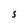
Character: S